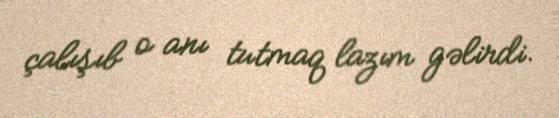
çalışıb o anı tutmaq lazım gəlirdi.